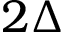
2 \Delta